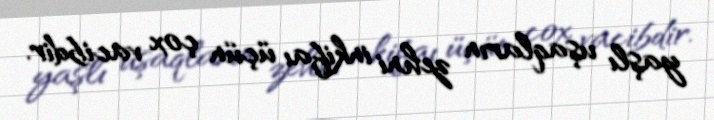
yaşlı uşaqların zehni inkifaı üçün çox vacibdir.